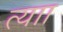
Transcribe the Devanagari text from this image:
त्याा